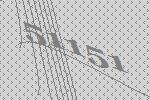
51151